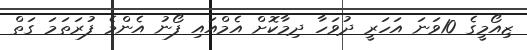
ޒިއޯމީގެ 10ވަނަ އަހަރީ ދުވަހާ ދިމާކޮށް އެމްއައި ފޯނު އެންމެ ފުރަތަމަ ގަތް